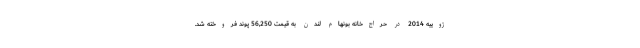
ژوییه 2014 در حراج‌خانه بونهام لندن به قیمت 56,250 پوند فروخته شد.